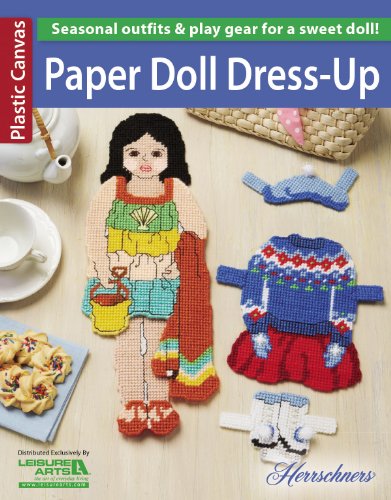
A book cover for Paper Doll Dress-Up; Herrschners; Crafts, Hobbies & Home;